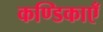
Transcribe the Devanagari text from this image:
कण्डिकाएँ